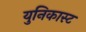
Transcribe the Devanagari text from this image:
युनिकास्ट